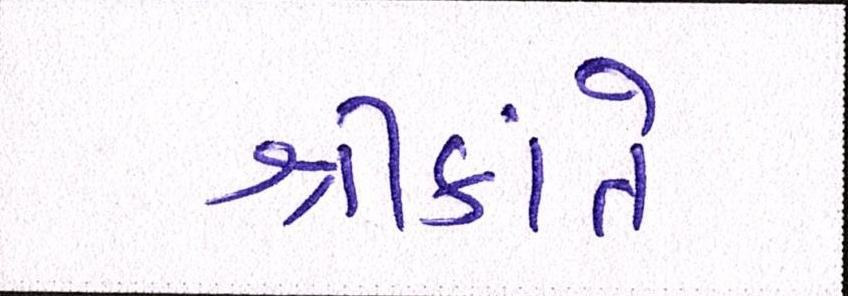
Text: શ્રીકાંતે